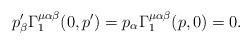
LaTeX: \begin{align*}p^{\prime}_{\beta}\Gamma_1^{\mu\alpha\beta} (0,p^\prime)=p_\alpha\Gamma_1^{\mu\alpha\beta} (p,0)=0. \end{align*}